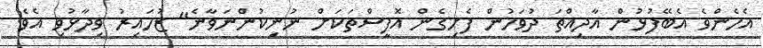
އެހެންވެ އެބޭފުޅުން އާދިއްތަ ދުވަހުން ފެށިގެން އޮފީސްތަކަށް ނުނިކުންނަވާނެ" ޒުހައިރު ވިދާޅުވި އެވެ.